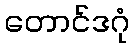
တောင်ဒဂုံ